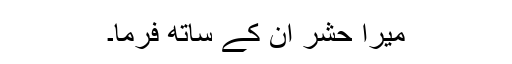
میرا حشر ان کے ساتھ فرما۔